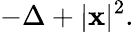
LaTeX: -\Delta+|\mathbf{x}|^{2}.